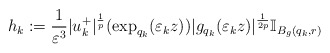
\begin{align*}h_{k}:=\frac{1}{\varepsilon^{3}}|u_{k}^{+}|^{\frac{1}{p}}(\exp_{q_{k}}(\varepsilon_{k}z))|g_{q_{k}}(\varepsilon_{k}z)|^{\frac{1}{2p}}\mathbb{I}_{B_{g}(q_{k},r)}\end{align*}